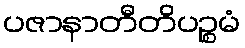
ပဇာနာတီတိပဉ္စမံ